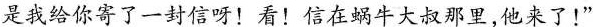
是我给你寄了一封信呀！看！信在蜗牛大叔那里，他来了！”